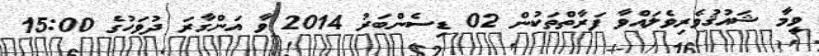
ވީމާ ޝައުޤުވެރިވެލައްވާ ފަރާތްތަކުން 02 ޑިސެންބަރު 2014 ވާ އަންގާރަ ދުވަހުގެ 15:00